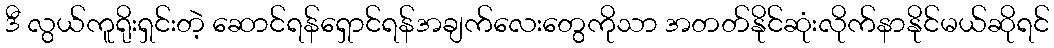
ဒီ လွယ်ကူရိုးရှင်းတဲ့ ဆောင်ရန်ရှောင်ရန်အချက်လေးတွေကိုသာ အတတ်နိုင်ဆုံးလိုက်နာနိုင်မယ်ဆိုရင်